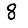
Digit: 8